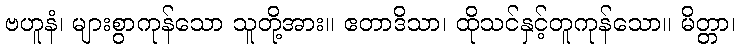
ဗဟူနံ၊ များစွာကုန်သော သူတို့အား။ ဧတာဒိသာ၊ ထိုသင်နှင့်တူကုန်သော။ မိတ္တာ၊